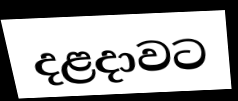
දළදාවට